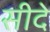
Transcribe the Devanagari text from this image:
सीदे